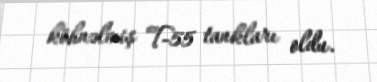
köhnəlmiş T-55 tankları oldu.